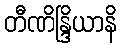
တီဏိန္ဒြိယာနိ